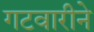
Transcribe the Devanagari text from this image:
गटवारीने